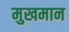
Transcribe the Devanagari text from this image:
मुखमान